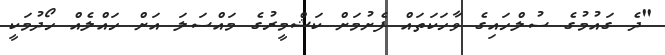
"ދެ ގައުމުގެ ސުލްހައިގެ ވާހަކަތައް ފެށުމަށް ކަޝްމީރުގެ މައްސަލަ އަށް ހައްލެއް ހޯދުމަކީ